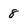
Character: 8